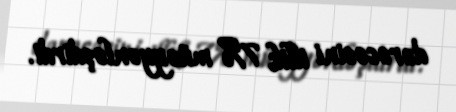
dərəcəsini illik 7% müəyyənləşdirdi.